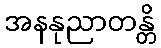
အနနုညာတန္တိ